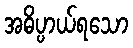
အဓိပ္ပာယ်ရသော